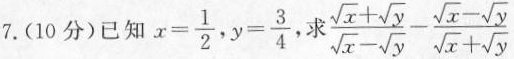
7 .(10分) 已知 $$x = \frac { 1 } { 2 }$$， $$y = \frac { 3 } { 4 }$$，求 $$\frac { \sqrt { x } + \sqrt { y } } { \sqrt { x } - \sqrt { y } } - \frac { \sqrt { x } - \sqrt { y } } { \sqrt { x } + \sqrt { y } }$$